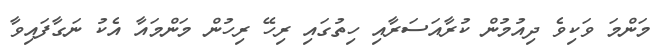
މަންމަ ވަކިވެ ދިއުމުން ކުރާއަސަރާއި ހިތުގައި ރިހޭ ރިހުން މަންމައާ އެކު ނަގާފައިވާ